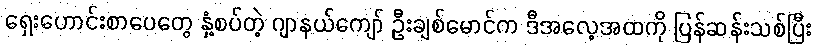
ရှေးဟောင်းစာပေတွေ နှံ့စပ်တဲ့ ဂျာနယ်ကျော် ဦးချစ်မောင်က ဒီအလေ့အထကို ပြန်ဆန်းသစ်ပြီး